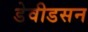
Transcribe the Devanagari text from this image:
डेवीडसन